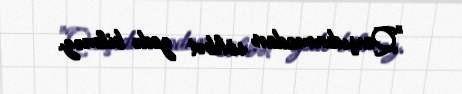
"Qarşıdurmadan söhbət gedə bilməz.